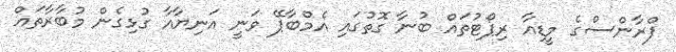
ފްރާންސްގެ މީޑިއާ ރިޕޯޓުތައް ބުނާ ގޮތުގައި އެމްބާޕޭ ވަނީ އަނިޔާއާ ގުޅިގެން މުބާރާތައް